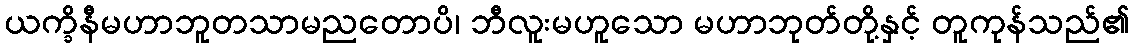
ယက္ခိနီမဟာဘူတသာမညတောပိ၊ ဘီလူးမဟူသော မဟာဘုတ်တို့နှင့် တူကုန်သည်၏